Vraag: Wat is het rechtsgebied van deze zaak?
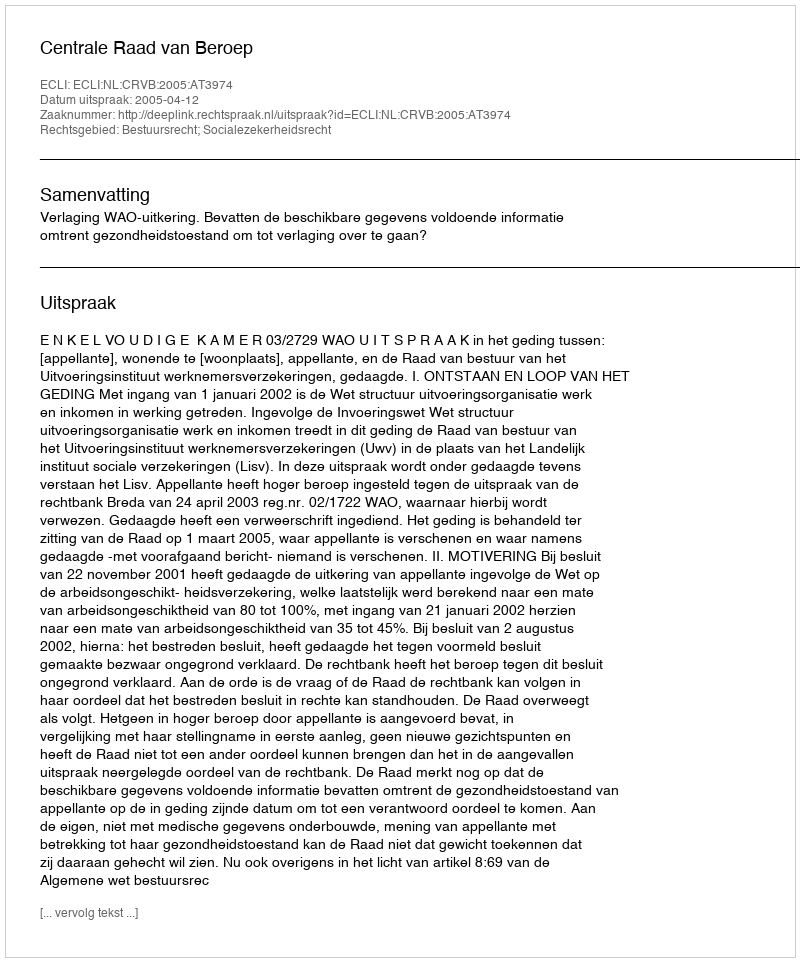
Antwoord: Bestuursrecht; Socialezekerheidsrecht